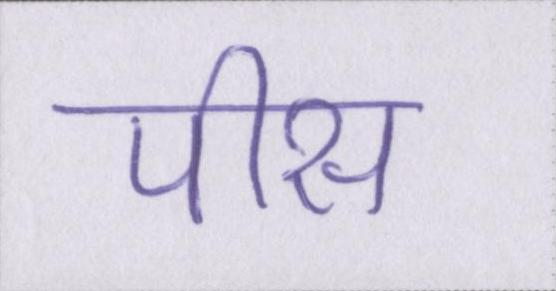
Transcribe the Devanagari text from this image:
पीस